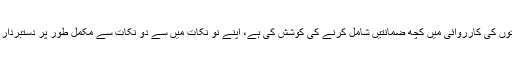
فوجی عدالتوں کی کارروائی میں کچھ ضمانتیں شامل کرنے کی کوشش کی ہے، اپنے نو نکات میں سے دو نکات سے مکمل طور پر دستبردار ہوئے ہیں۔